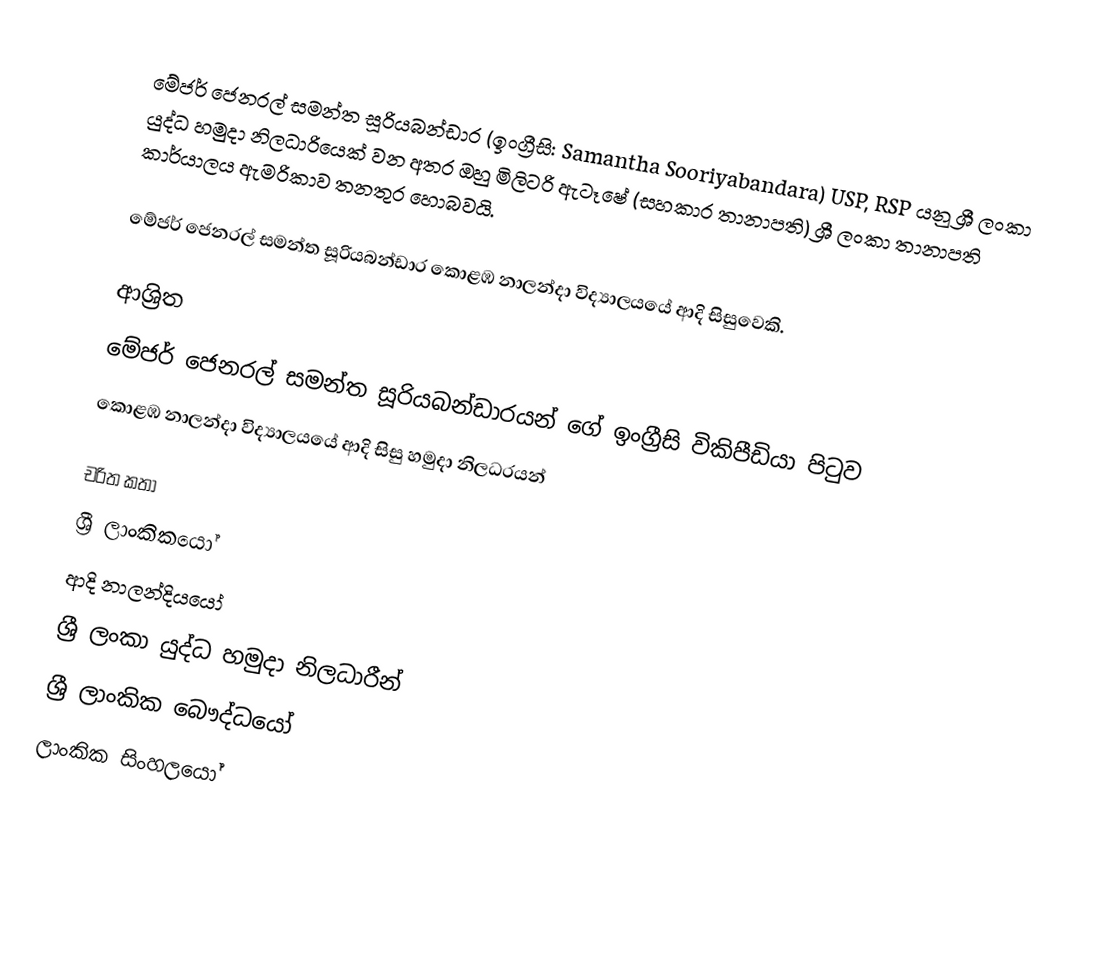
මේජර් ජෙනරල් සමන්ත සූරියබන්ඩාර (ඉංග්‍රීසි: Samantha Sooriyabandara)  USP, RSP යනු  ශ්‍රී ලංකා යුද්ධ හමුදා නිලධාරියෙක් වන අතර ඔහු මිලිටරි ඇටෑෂේ  (සහකාර තානාපති) ශ්‍රී ලංකා තානාපති කාර්යාලය ඇමරිකාව තනතුර හොබවයි.

මේජර් ජෙනරල් සමන්ත සූරියබන්ඩාර  කොළඹ නාලන්දා විද්‍යාලයයේ ආදි සිසුවෙකි.

ආශ්‍රිත
  මේජර් ජෙනරල් සමන්ත සූරියබන්ඩාරයන් ගේ ඉංග්‍රීසි විකිපීඩියා පිටුව
 කොළඹ නාලන්දා විද්‍යාලයයේ ආදි සිසු හමුදා නිලධරයන්

චරිත කතා
ශ්‍රී ලාංකිකයෝ
ආදි නාලන්දියයෝ
ශ්‍රී ලංකා යුද්ධ හමුදා නිලධාරීන්
ශ්‍රී ලාංකික බෞද්ධයෝ
ලාංකික සිංහලයෝ